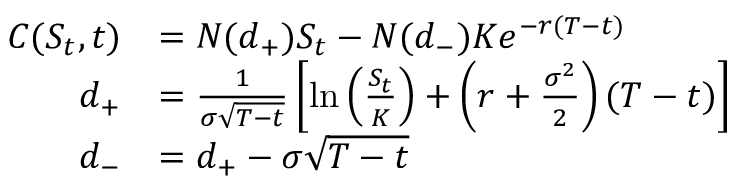
{ \begin{array} { r l } { C ( S _ { t } , t ) } & { = N ( d _ { + } ) S _ { t } - N ( d _ { - } ) K e ^ { - r ( T - t ) } } \\ { d _ { + } } & { = { \frac { 1 } { \sigma { \sqrt { T - t } } } } \left[ \ln \left( { \frac { S _ { t } } { K } } \right) + \left( r + { \frac { \sigma ^ { 2 } } { 2 } } \right) ( T - t ) \right] } \\ { d _ { - } } & { = d _ { + } - \sigma { \sqrt { T - t } } } \end{array} }